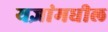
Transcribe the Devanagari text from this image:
यज्ञांमधील